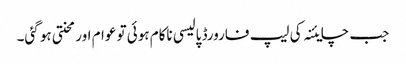
جب چایئنہ کی لیپ فارورڈ پالیسی ناکام ہوئی تو عوام اور محنتی ہو گئی۔